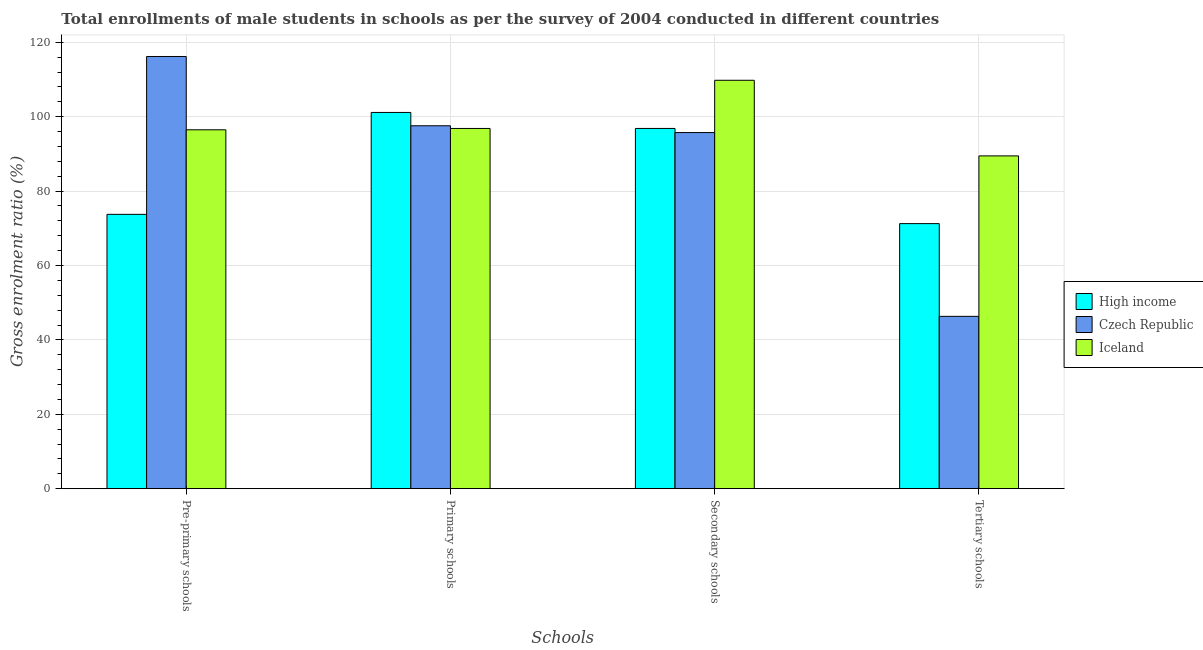
| Schools | High income | Czech Republic | Iceland |
 | --- | --- | --- | --- |
 | Pre-primary schools | 73.7 | 116 | 96.5 |
 | Primary schools | 101 | 97.6 | 96.8 |
 | Secondary schools | 96.8 | 95.7 | 110 |
 | Tertiary schools | 71.3 | 46.3 | 89.5 |